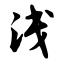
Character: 浅